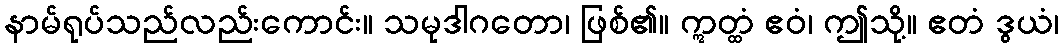
နာမ်ရုပ်သည်လည်းကောင်း။ သမုဒါဂတော၊ ဖြစ်၏။ ဣတ္ထံ ဧဝံ၊ ဤသို့။ ဧတံ ဒွယံ၊